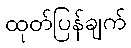
ထုတ်ပြန်ချက်